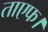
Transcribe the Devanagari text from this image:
ताएफ।